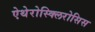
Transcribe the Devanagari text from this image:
ऐथेरोस्क्लिरोसिस